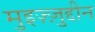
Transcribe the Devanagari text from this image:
मुइज़्ज़ुद्दीन